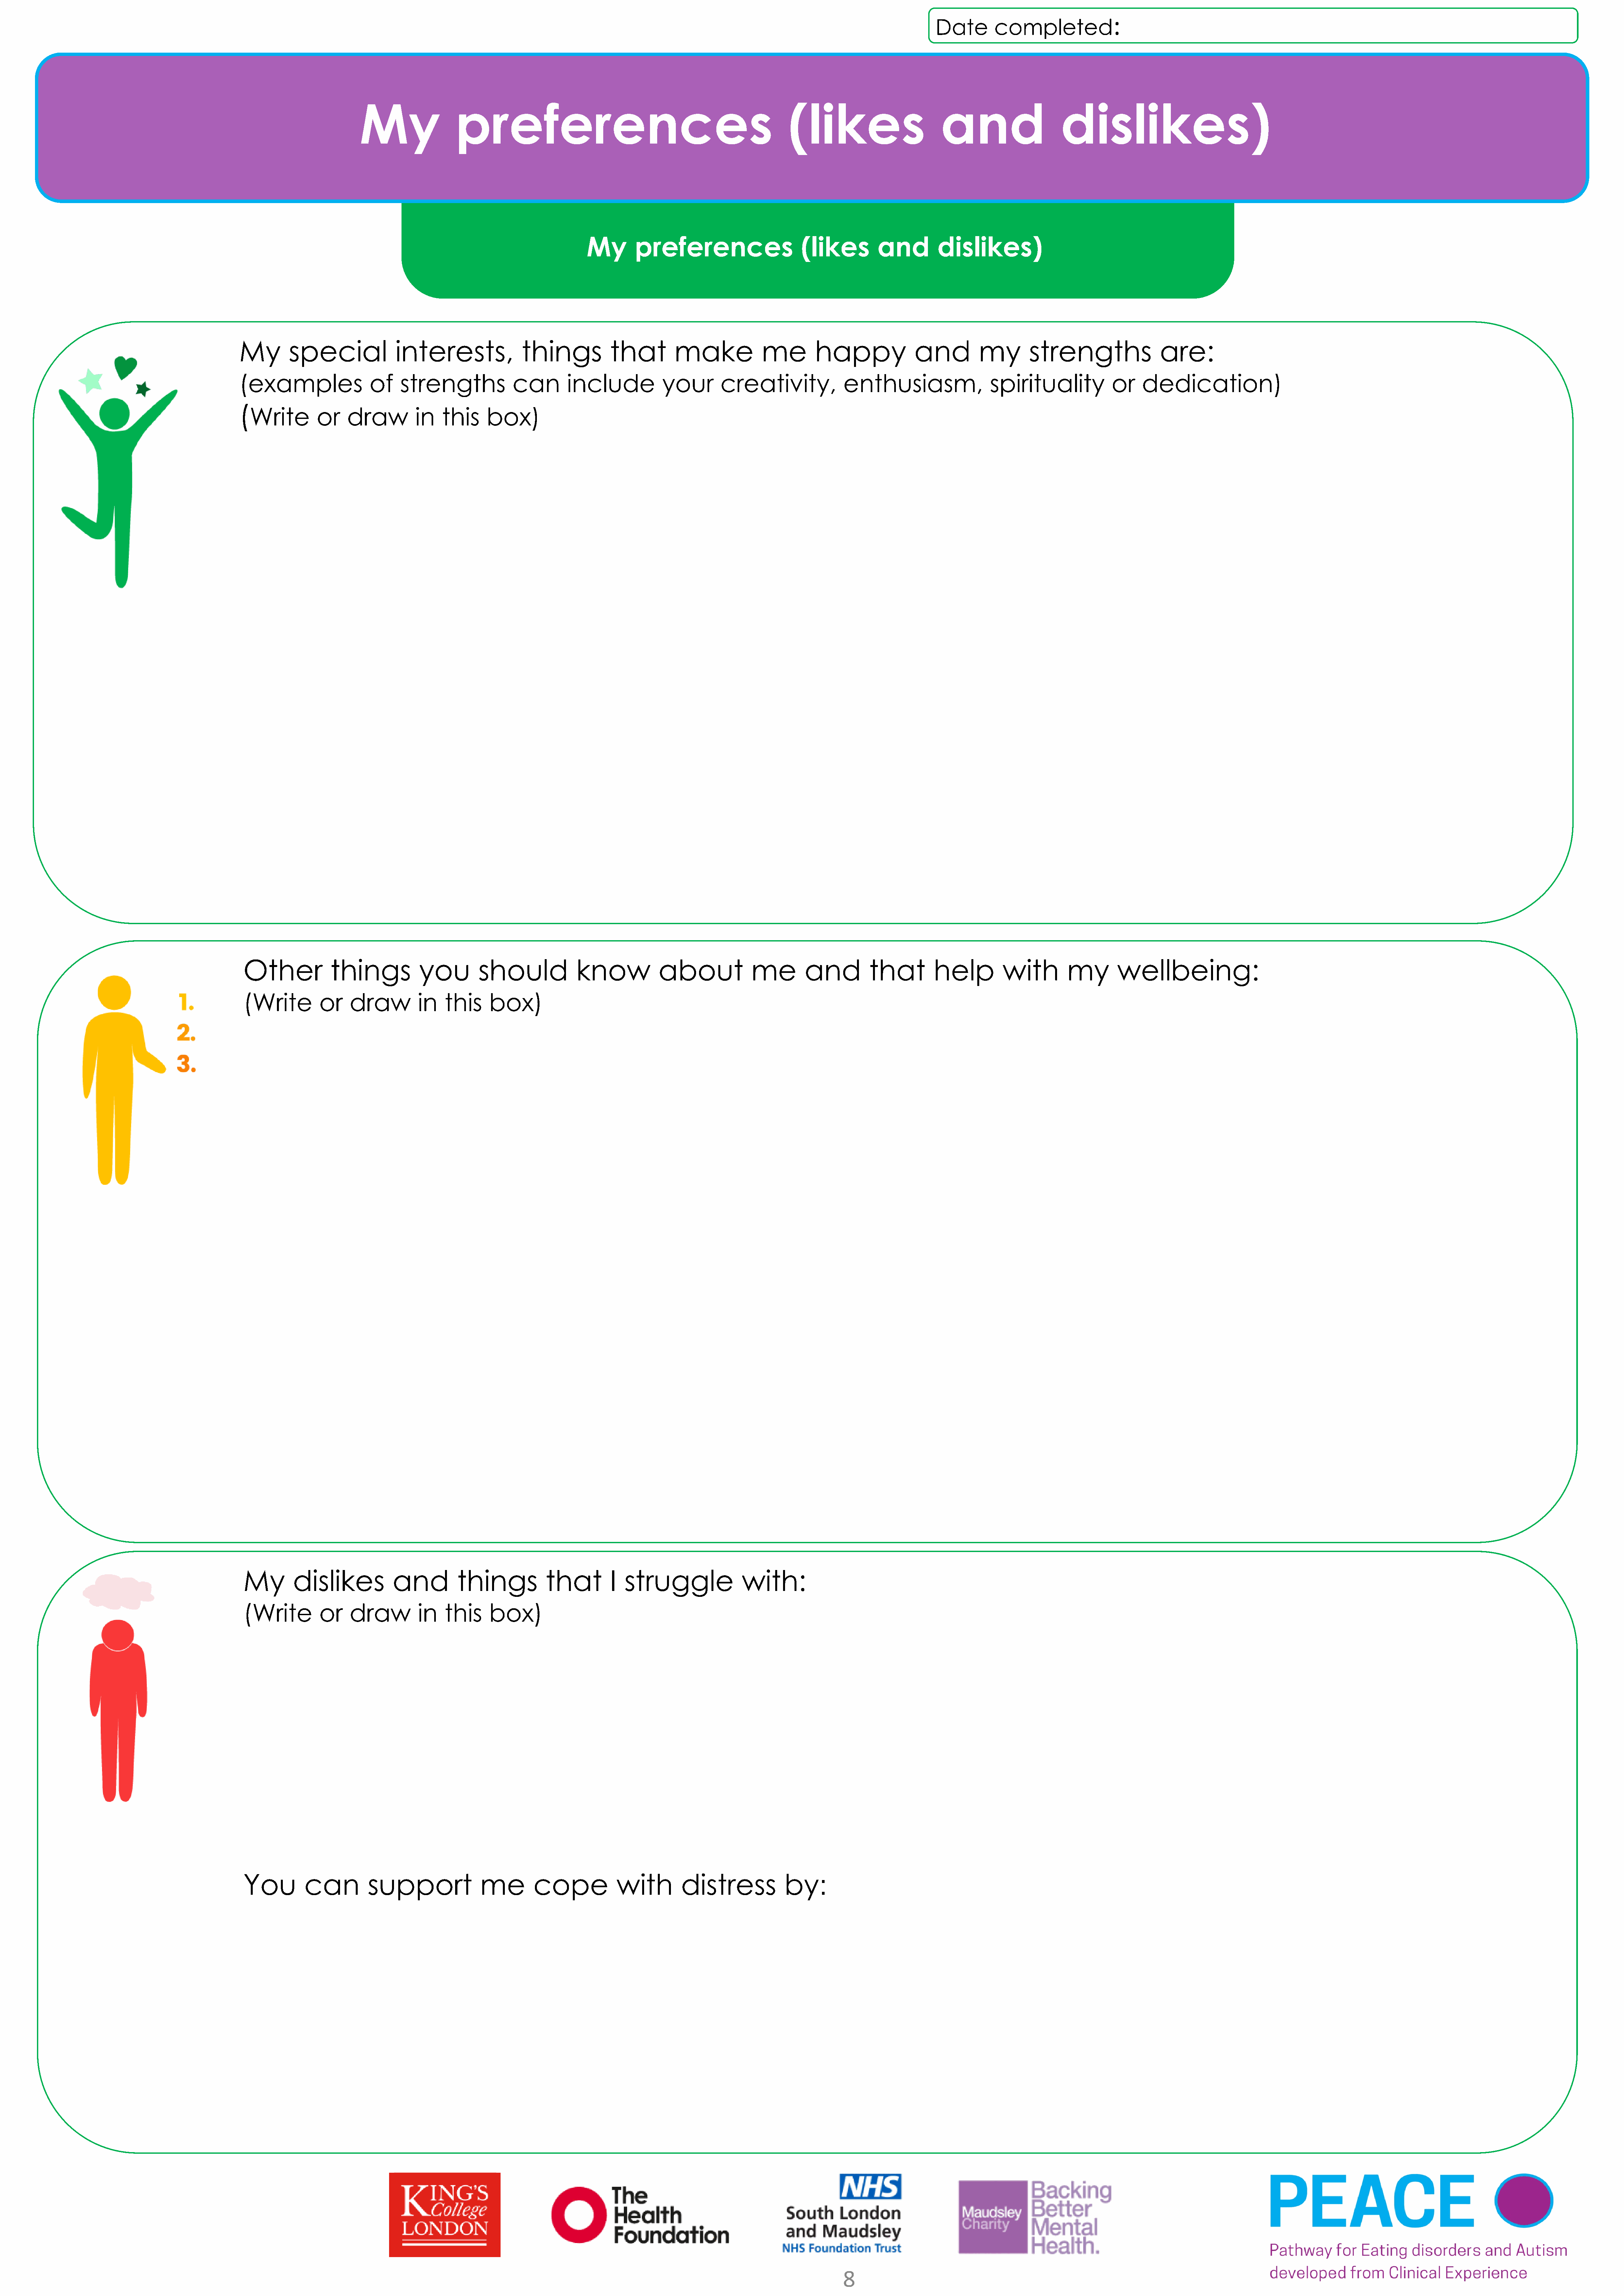
:
 Date        completed
 My                 preferences                                                         (likes                        and                      dislikes)
 My        preferences                      (likes          and         dislikes)
 My        special               interests,                things            that         make             me         happy               and          my        strengths                  are:
 (examples                  of    strengths              can        include            your        creativity,              enthusiasm,                  spirituality             or    dedication)
 (
 Write        or    draw          in   this      box)
 Other             things            you         should              know            about              me         and          that         help          with         my        wellbeing:
 (Write          or    draw          in   this     box)
 My        dislikes            and           things           that          I struggle                with:
 (Write          or    draw          in   this     box)
 You          can         support                me         cope             with         distress             by:
 8